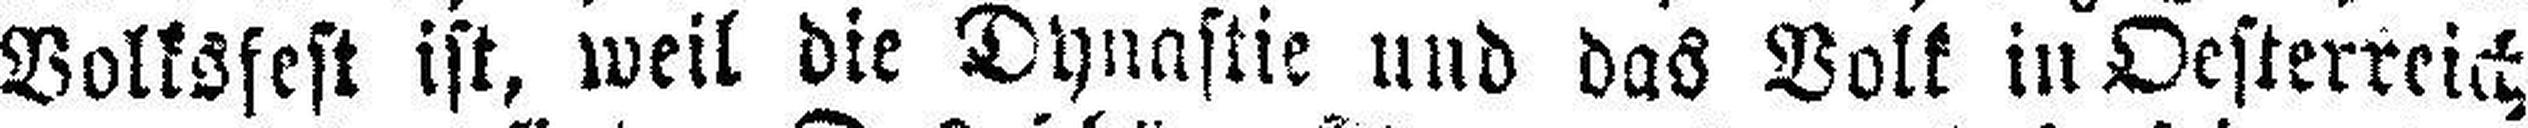
Volksfest ist, weil die Dynastie und das Volk in Oesterreich